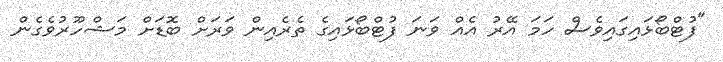
"ފުޓްބޯޅައިގައިވެސް ހަމަ އޭރު އެއް ވަނަ ފުޓްބޯޅައިގެ ތެރެއިން ވަރަށް ބޮޑަށް މަޝްހޫރުވެގެން